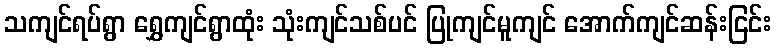
သကျင်ရပ်ရွာ ရွှေကျင်ရွာထုံး သုံးကျင်သစ်ပင် ပြုကျင်မူကျင် အောက်ကျင်ဆန်းငြင်း